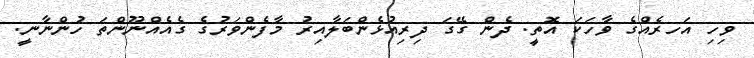
ވިހި އަހރެއްގެ ވާހަކަ އޮތީ. ދެން ގޭގަ ދިރިއުޅެންބަލާއިރު މާފެންވަރުގެ ގެއެއްނޫންތަ ހުންނާނީ.